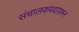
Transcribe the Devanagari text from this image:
संचालकपदावरून